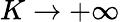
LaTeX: K\rightarrow+\infty